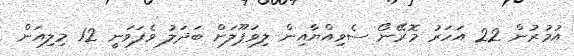
އުމުރުން 22 އަހަރު މޮރޭނޯ ސެވިއްޔާއިން ލިވަޕޫލަށް ބަދަލު ވެފަވަނީ 12 މިލިއަން